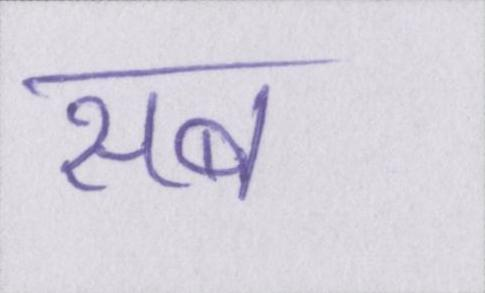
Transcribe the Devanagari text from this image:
सब